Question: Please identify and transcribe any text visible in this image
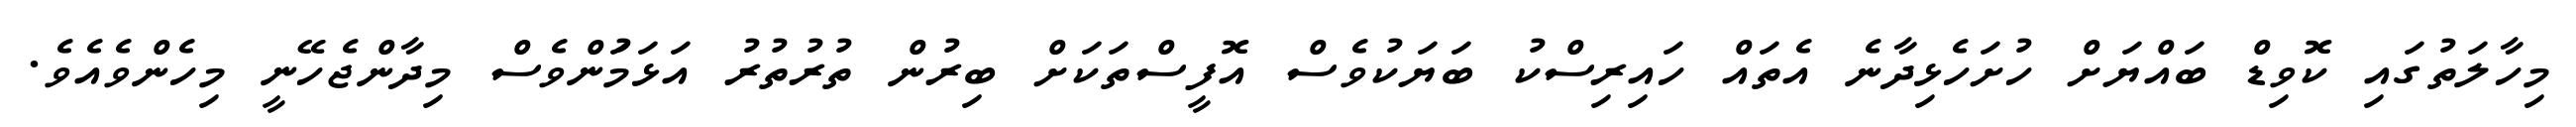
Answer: މިހާލަތުގައި ކޮވިޑް ބައްޔަށް ހުށަހެޅިދާނެ އެތައް ހައިރިސްކު ބަޔަކުވެސް އޮފީސްތަކަށް ބިރުން ތުރުތުރު އަޅަމަުންވެސް މިދާންޖެހޭނީ މިހެންވެއެވެ.